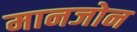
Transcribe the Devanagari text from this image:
मानजोन